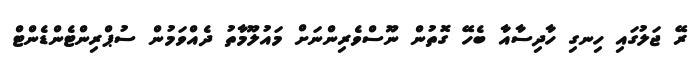
ރޭ ޖަލުގައި ހިނގި ހާދިސާއާ ބެހޭ ގޮތުން ނޫސްވެރިންނަށް މައުލޫމާތު ދެއްވަމުން ސުޕްރިންޓެންޑެންޓް